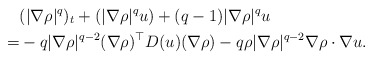
\begin{align*}&(|\nabla \rho|^q)_t+(|\nabla \rho|^qu)+(q-1)|\nabla \rho|^qu\\=&-q |\nabla \rho|^{q-2}(\nabla \rho)^\top D( u) (\nabla \rho)-q \rho|\nabla \rho|^{q-2} \nabla \rho \cdot \nabla u.\end{align*}